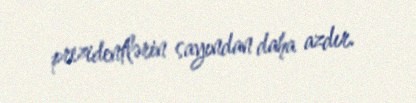
prezidentlərin sayından daha azdır.